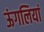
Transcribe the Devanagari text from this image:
ऊंगलियां